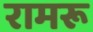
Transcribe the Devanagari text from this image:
रामरू